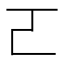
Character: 𠀀